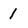
Character: 1